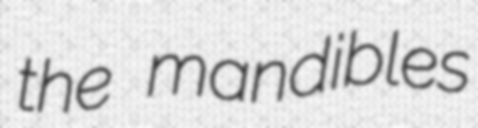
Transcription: the mandibles